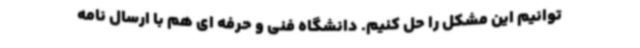
توانیم این مشکل را حل کنیم. دانشگاه فنی و حرفه ای هم با ارسال نامه